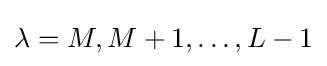
\lambda =M,M+1,\dots ,L-1